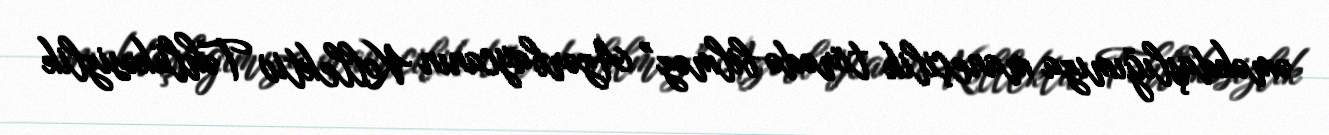
əməkdaşlığımıza maneçilik törədə bilməz” Azərbaycanın Kollektiv Təhlükəsizlik